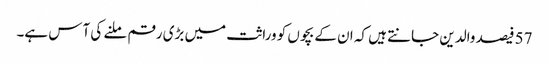
57 فیصد والدین جانتے ہیں کہ ان کے بچوں کو وراثت میں بڑی رقم ملنے کی آس ہے۔